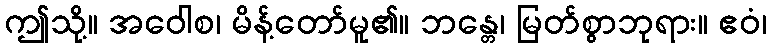
ဤသို့။ အဝေါစ၊ မိန့်တော်မူ၏။ ဘန္တေ၊ မြတ်စွာဘုရား။ ဧဝံ၊